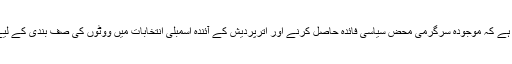
ایسا محسوس ہوتا ہے کہ موجودہ سرگرمی محض سیاسی فائدہ حاصل کرنے اور اترپردیش کے آئندہ اسمبلی انتخابات میں ووٹوں کی صف بندی کے لیے کی جارہی ہے۔